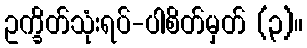
ဥက္ခိတ်သုံးရပ်-ပါစိတ်မှတ် (၃)။